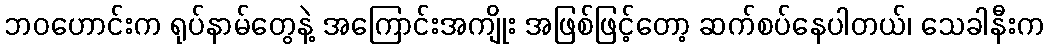
ဘဝဟောင်းက ရုပ်နာမ်တွေနဲ့ အကြောင်းအကျိုး အဖြစ်ဖြင့်တော့ ဆက်စပ်နေပါတယ်၊ သေခါနီးက